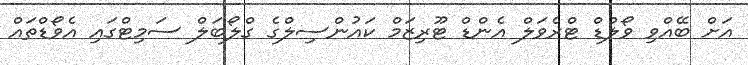
އަށް ބޭއްވި ވޯލްޑް ޓްރެވަލް އެންޑް ޓޫރިޒަމް ކައުންސިލްގެ ގްލޯބަލް ސަމިޓްގައި އެވޯޑްތައް